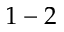
1 - 2